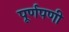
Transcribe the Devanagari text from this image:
पूर्णपणी